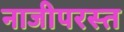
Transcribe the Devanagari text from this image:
नाजीपरस्त